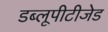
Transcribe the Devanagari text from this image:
डब्लूपीटीजेड